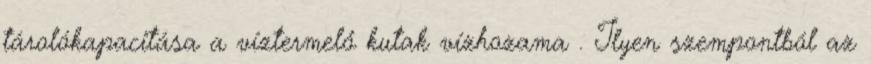
tárolókapacitása a víztermelő kutak vízhozama . Ilyen szempontból az